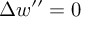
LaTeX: \Delta w ^ { \prime \prime } = 0